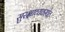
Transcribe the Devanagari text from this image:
सुरक्षाव्यवस्थेत